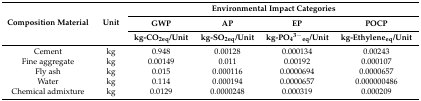
<table><thead><tr><td rowspan="3"><b>Composition Material</b></td><td rowspan="3"><b>Unit</b></td><td colspan="4"><b>Environmental Impact Categories</b></td></tr><tr><td><b>GWP</b></td><td><b>AP</b></td><td><b>EP</b></td><td><b>POCP</b></td></tr><tr><td><b>kg-CO<sub>2eq</sub>/Unit</b></td><td><b>kg-SO<sub>2eq</sub>/Unit</b></td><td><b>kg-PO<sub>4</sub><sup>3−</sup><sub>eq</sub>/Unit</b></td><td><b>kg-Ethylene<sub>eq</sub>/Unit</b></td></tr></thead><tbody><tr><td>Cement</td><td>kg</td><td>0.948</td><td>0.00128</td><td>0.000134</td><td>0.00243</td></tr><tr><td>Fine aggregate</td><td>kg</td><td>0.00149</td><td>0.011</td><td>0.00192</td><td>0.000107</td></tr><tr><td>Fly ash</td><td>kg</td><td>0.015</td><td>0.000116</td><td>0.0000694</td><td>0.0000657</td></tr><tr><td>Water</td><td>kg</td><td>0.114</td><td>0.000194</td><td>0.0000657</td><td>0.000000486</td></tr><tr><td>Chemical admixture</td><td>kg</td><td>0.0129</td><td>0.0000248</td><td>0.000319</td><td>0.000209</td></tr></tbody></table>